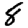
Digit: 8